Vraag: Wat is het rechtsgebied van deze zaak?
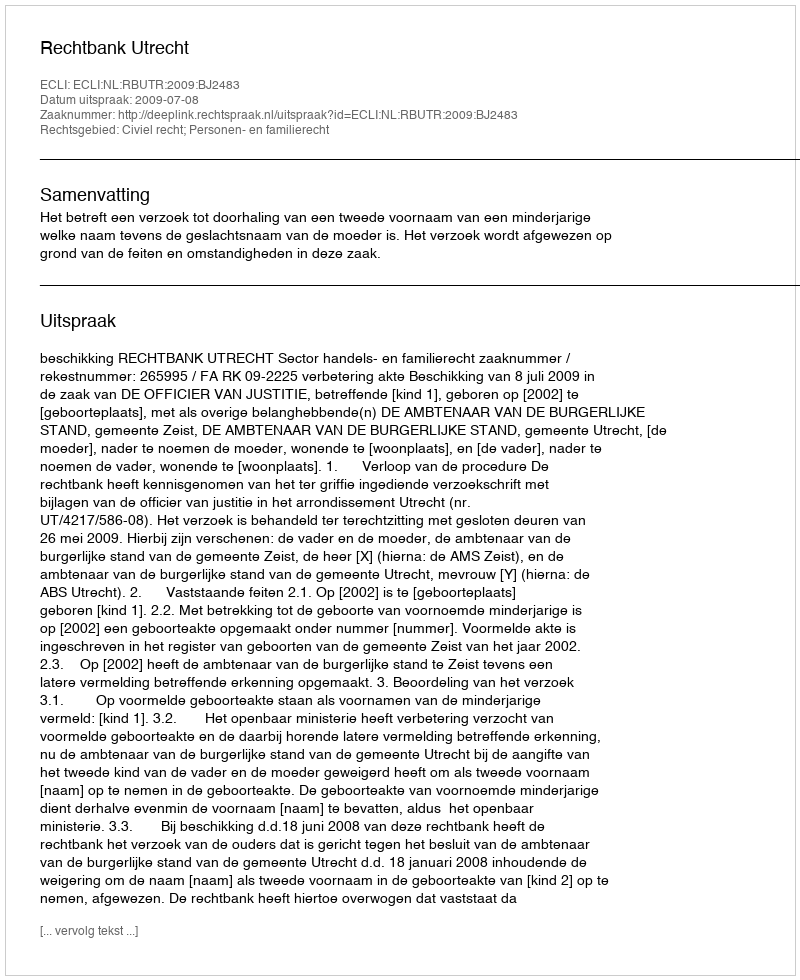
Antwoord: Civiel recht; Personen- en familierecht